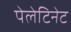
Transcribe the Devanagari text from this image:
पेलेटिनेट